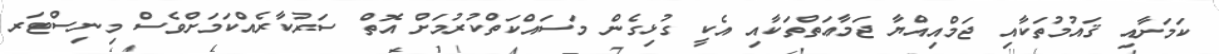
ކަމަށާއި ޤައުމުތަކާއި ޖަމްއިއްޔާ ޖަމާޢަތްތަކާއި އެކީ ގުޅިގެން މަސައްކަތްކުރުމަށް އޮތް ސަރުކާރެއްކަމަށްވެސް މިނިސްޓަރ